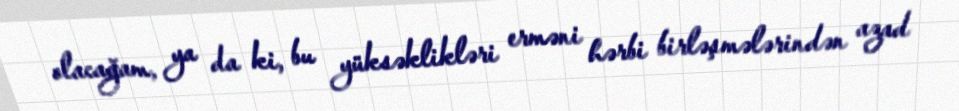
olacağam, ya da ki, bu yüksəklikləri erməni hərbi birləşmələrindən azad